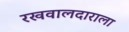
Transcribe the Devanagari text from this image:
रखवालदाराला